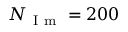
N _ { \mathrm { ~ I ~ m ~ } } = 2 0 0